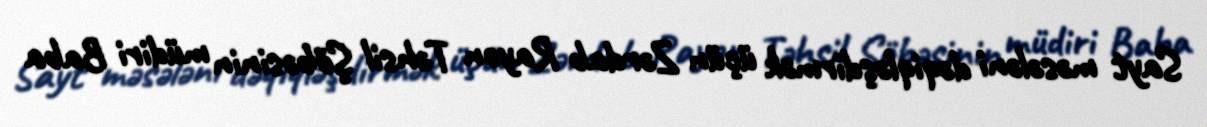
Sayt məsələni dəqiqləşdirmək üçün Zərdab Rayon Təhsil Şöbəsinin müdiri Baba